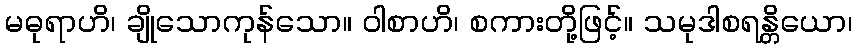
မဓုရာဟိ၊ ချိုသောကုန်သော။ ဝါစာဟိ၊ စကားတို့ဖြင့်။ သမုဒါစရန္တိယော၊